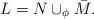
LaTeX: \begin{align*} L=N \cup_{\phi} \bar{M}. \end{align*}